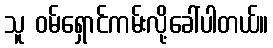
သူ ဝမ်ရှောင်ကမ်းလို့ခေါ်ပါတယ်။